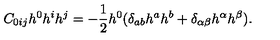
C _ { 0 i j } h ^ { 0 } h ^ { i } h ^ { j } = - \frac { 1 } { 2 } h ^ { 0 } ( \delta _ { a b } h ^ { a } h ^ { b } + \delta _ { \alpha \beta } h ^ { \alpha } h ^ { \beta } ) .